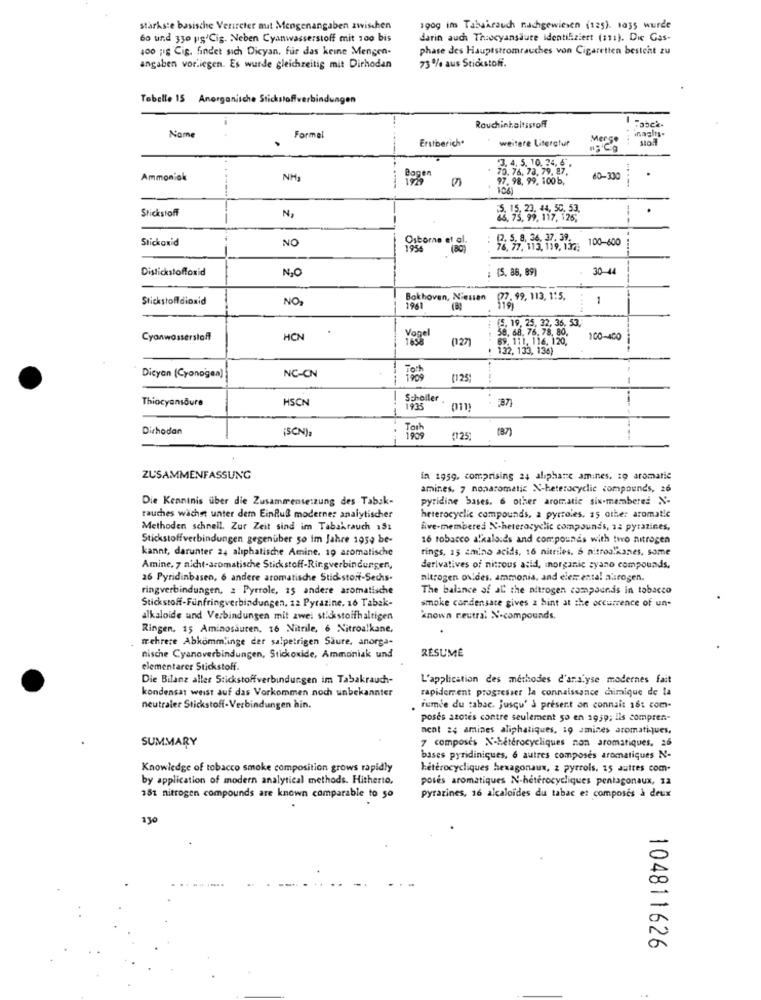
stärkste basische Vertreter aut Mengenangaben zwischen
190g im Tabakrauch nachgewiesen (125). 1035 wurde
60 und 330 ug/Cig. Neben Cyanwasserstoff mit 100 bis
darin auch Theocyansäure identifiziert (111). Die Gas-
100 g Cig. findet sich Dicyan, für das keine Mengen-
phase des Hauptstromrauches von Cigaretten besteht zu
angaben vorliegen. Es wurde gleichzeitig mit Dirhodan
73 % aus Stickstoff.
Tobelle 15 Anorganische Stickstoffverbindungen
Rauchinhaltsstoff
-
inagirs.
Name
Formel
Erstberich.
weitere Literatur
. ...
3. 4. 5. 10.34, 6.
70. 76, 73. 79. 87.
Ammoniak
NH3
Bogen
97. 98. 99. 100b,
60-330
Stickstoff
..
N,
86, 75, 99, 117, 126,
---
Stickoxid
NO
(2. 5. 8. 36. 37. 39.
100-600
joscorne et al.
76. 77. 113, 199, 1322
Distickstoffoxid
N2O
: (5. 86, 89)
30-11
Stickstoffdioxid
NO,
Bokhoven, Niesien
. 99, 113, 1:5,
-
1961
....
5. 19, 25, 32, 36, 53 ,-
58. 68. 76. 78. 80,
Cyonwasserstoff
HCN
(27)
69. 111. 116. 120.
... ..
100-400
132, 133, 136)
Dicyan (Cyanogen)
NC-CN
[123)
Thiocyansoure
HSCN
Scholler
1935
Dirhodan
¡SCN),
(87)
(125,
ZUSAMMENFASSUNG
in 1959, comprising 24 alphane amines. zo aromatic
amines, 7 nonaromatic N-heterocyclic compounds, 26
Die Kenntnis über die Zusammensetzung des Tabak-
pyridine bases. 6 other aromatic six-membered N-
rauches wachst unter dem Einfuß moderner analytischer
heterocyclic compounds, a pyrroles. 15 other aromatic
Methoden schnell. Zur Zeit sind im Tabakrauch 15:
five-membered N-heterocyclic compounds, a: pyrazines,
Stickstoffverbindungen gegenüber so im Jahre 1059 be-
16 tobacco alkaloids and compounds with two nitrogen
kannt, darunter 24 aliphatische Amine, 19 aromatische
rings, 15 amino acids, 16 nitriles. 6 nitroalkanes, same
Amine, 7 nicht-aromatische Stickstoff-Ringverbindungen,
derivatives of nitrous atid, inorganic zyano compounds.
26 Pyridinbasen, 6 andere aromatische Stid stort-Sechs-
nitrogen oxides, ammonia, and elemental altrogen.
ringverbindungen, 2 Pyrrole, 15 andere aromatische
The balance of al the nitrogen compounds in tobacco
smoke condensate gives 2 hint at the occurrence of un-
Stickstoff-Fünfringverbindungen, 12 Pyrazine. 16 Tabak-
alkaloide und Verbindungen mit zwei stickstoffhaltigen
known neutral Nocompounds.
Ringen. 15 Aminosäuren, 16 Nitrile, 6 Nitroalkane,
mehrere Abkomm,inge der salpetrigen Saure, anorga-
RÉSUMÉ
nische Cyanoverbindungen, Stickoxide, Ammoniak und
elementarer Stickstoff.
Die Bilanz aller Stickstoffverbindungen im Tabakrauch-
L'application des méthodes d'analyse modernes fait
rapidement progresser la connaissance chimique de la
kondensat weist auf das Vorkommen noch unbekannter
neutraler Stickstoff- Verbindungen hin.
fumée du tabac. jusqu' & present on connait 16: com-
poses azotes contre seulement 50 en 1959; ils compren-
nent 24 amines aliphatiques, 19 amines aromatiques.
7 composés N-hétérocycliques non aromatiques, 26
SUMMARY
bases pyridiniques, 6 autres composés aromatiques N-
Knowledge of tobacco smoke composition grows rapidly
hétérocycliques hexagonaux, z pyrrols. 15 autres com.
by application of modern analytical methods. Hitherto,
posés aromatiques N-hétérocycliques pentagonaux, 12
381 nitrogen compounds are known comparable to 50
pyrazines, 16 alcaloïdes du tabac e: composes à deux
104811626